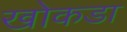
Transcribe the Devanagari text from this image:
खोकडा